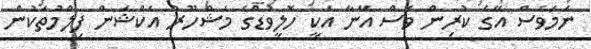
ނަމަވެސް އޭގެ ކުރިން ވެސް އޭނާ އަކީ ހޮލީވުޑްގެ މަޝްހޫރު އެކްޝަން ފިލްމުތަކުން